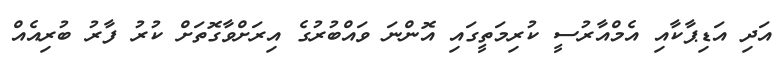
އަދި އަޑިޕާކާއި އެމްއާރުސީ ކުރިމަތީގައި އޮންނަ ވައްބުރުގެ އިރަށްވާގޮތަށް ކުރު ފާރު ބުރިއެއް